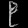
Digit: ၉